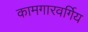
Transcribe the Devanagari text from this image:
कामगारवर्गिय